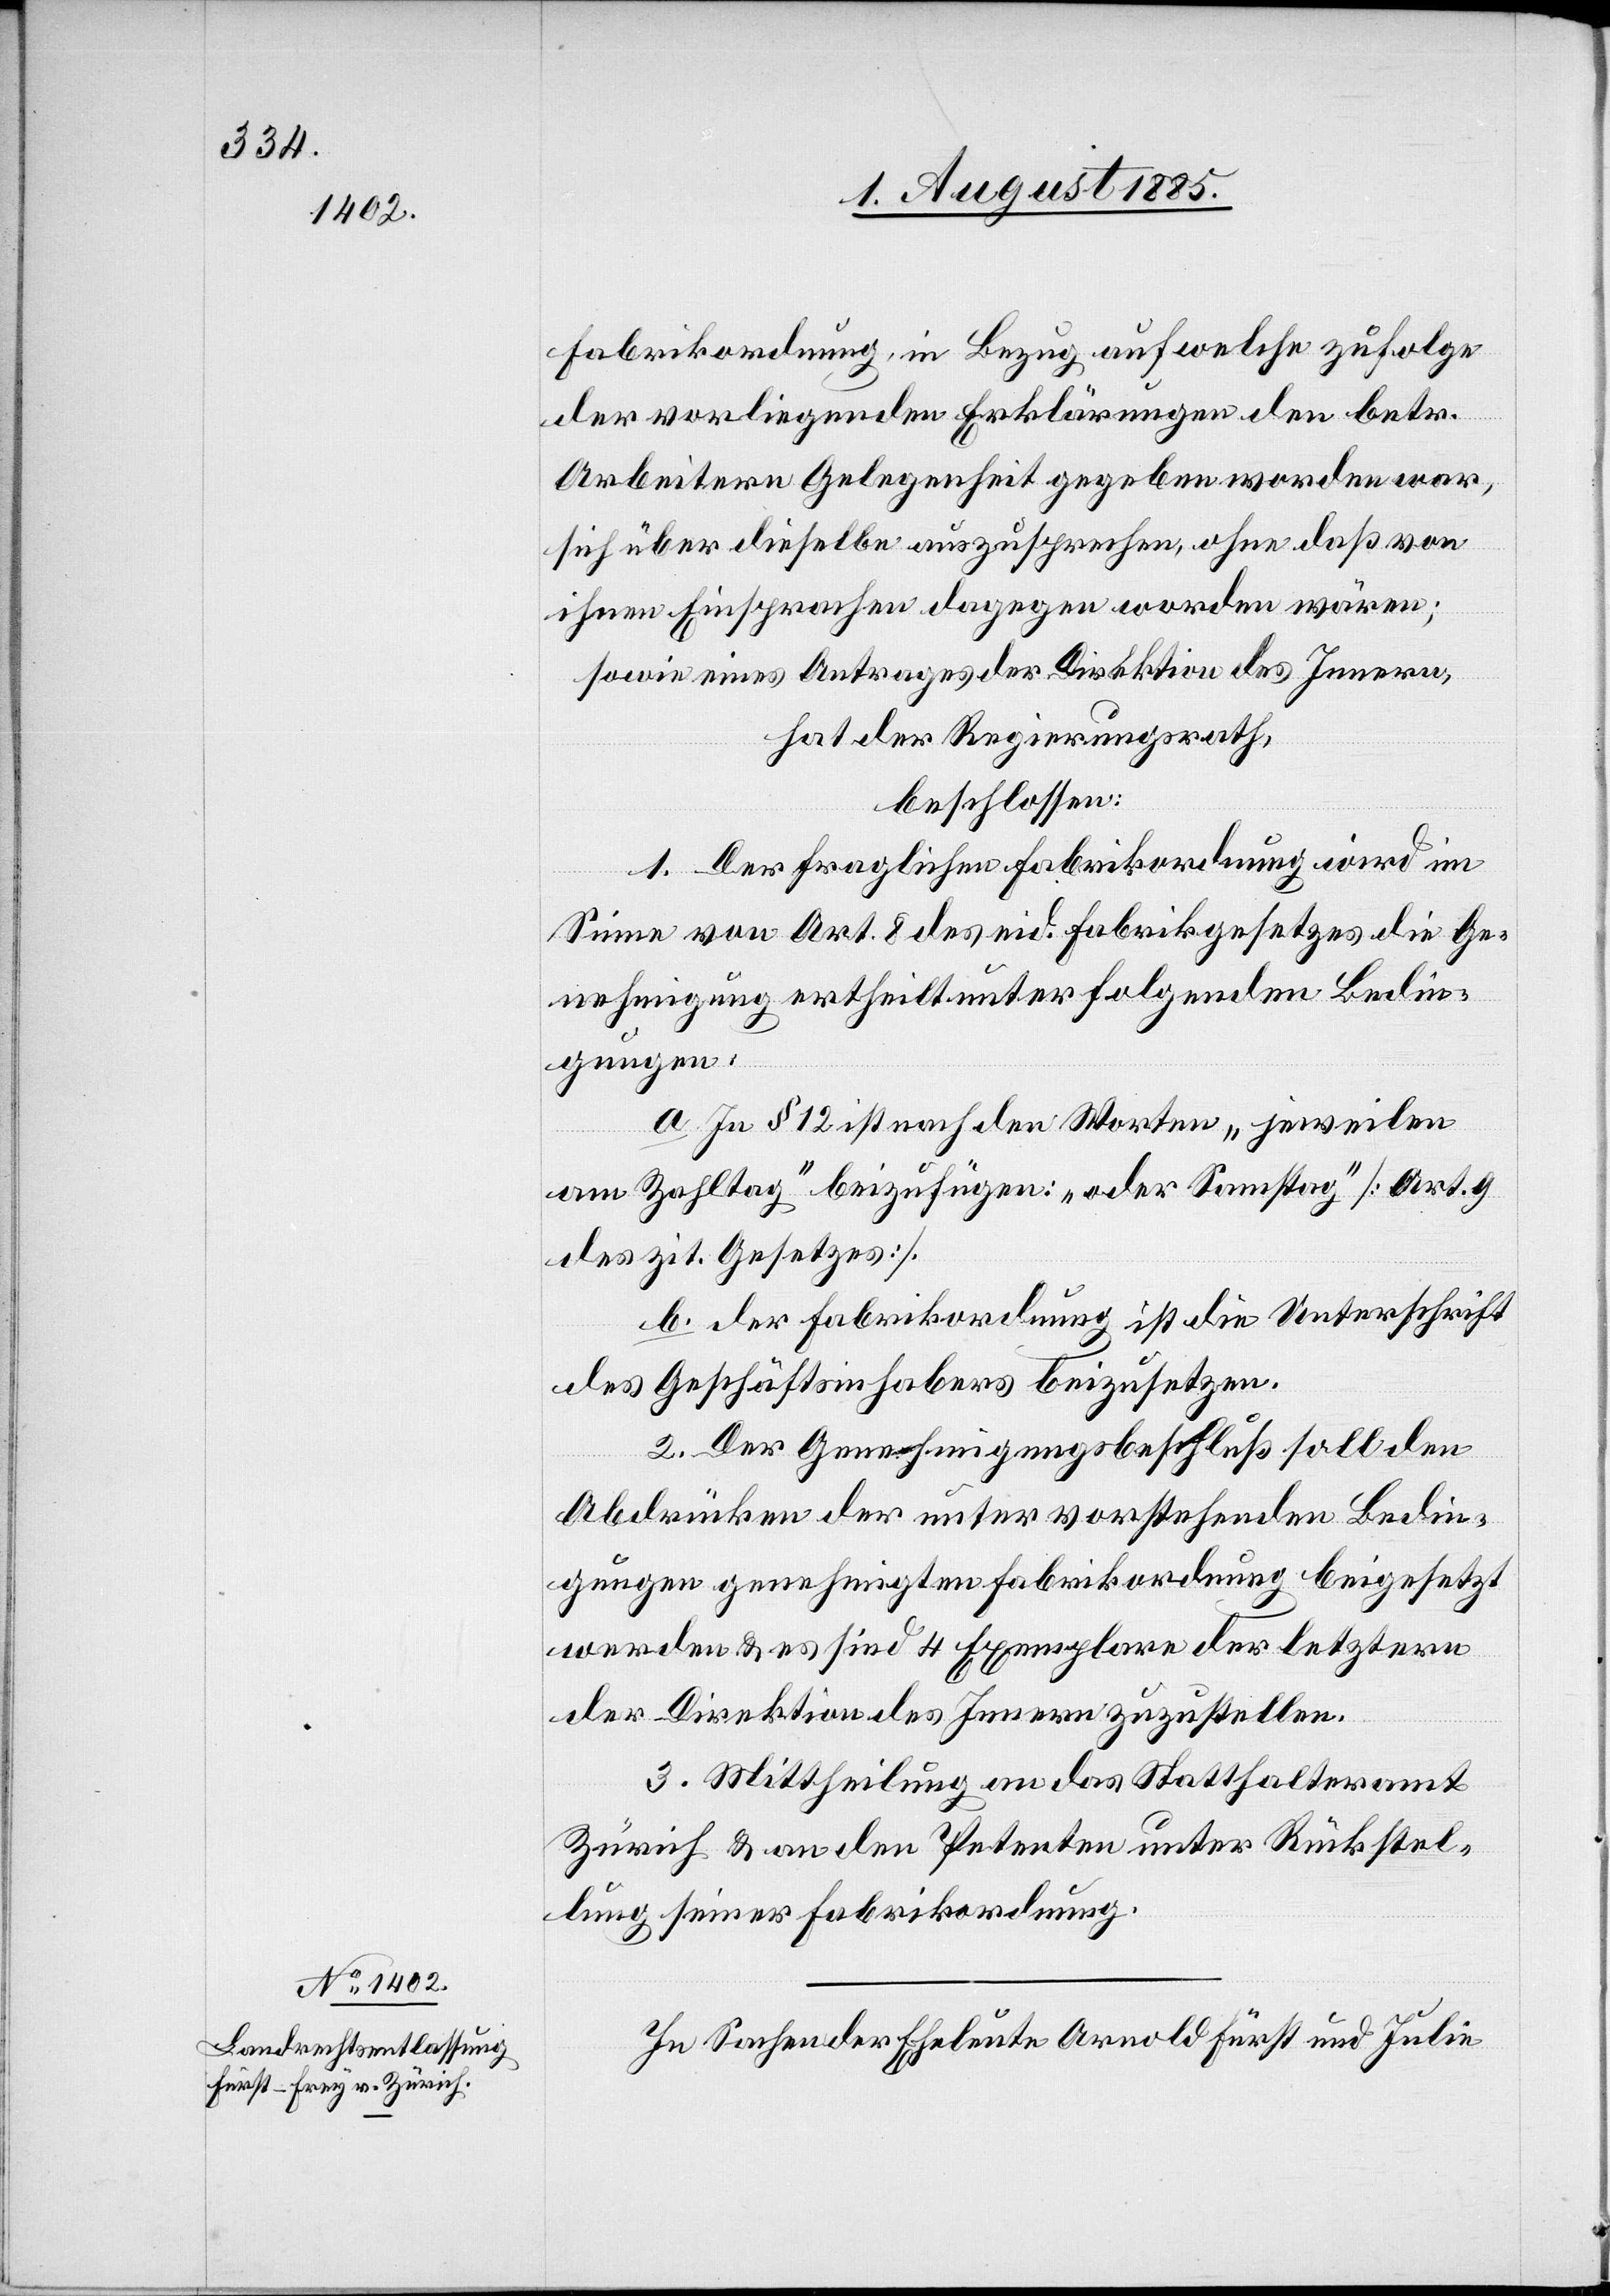
Fabrikordnung, in Bezug auf welche zufolge
der vorliegenden Erklärungen den betr.
Arbeitern Gelegenheit gegeben worden war,
sich über dieselbe auszusprechen, ohne daß von
ihnen Einsprachen dagegen [erhoben] worden
sowie eines Antrages der Direktion des Innern,
hat der Regierungsrath,
beschlossen:
1. Der fraglichen Fabrikordnung wird im
Sinne von Art. 8 & des eid. Fabrikgesetzes die Ge¬
nehmigung ertheilt unter folgenden Bedin¬
gungen:
a. In § 12 ist nach den Worten „jeweilen
am Zahltag“ beizufügen: „oder Samstag“ [Art. 9
des zit. Gesetzes].
b. der Fabrikordnung ist die Unterschrift
des Geschäftsinhabers beizusetzen.
2. Der Genehmigungsbeschluß soll den
Abdrücken der unter vorstehenden Bedin¬
gungen genehmigten Fabrikordnung beigesetzt
werden & es sind 4 Exemplare der letztern
der Direktion des Innern zuzustellen.
3. Mittheilung an das Statthalteramt
Zürich & an den Petenten unter Rückstel¬
lung seiner Fabrikordnung.
In Sachen der Eheleute Arnold Fürst und Julie